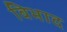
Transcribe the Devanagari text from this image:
विभाद